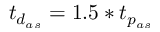
t _ { { d } _ { a s } } = 1 . 5 * t _ { p _ { a s } }